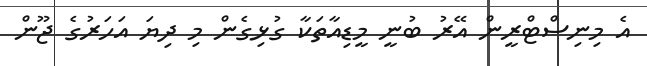
އެ މިނިސްޓްރީން އޭރު ބުނީ މީޑިއާތަކާ ގުޅިގެން މި ދިޔަ އަހަރުގެ ޖޫން